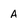
Character: A